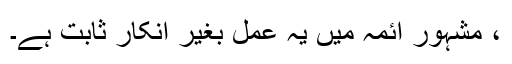
، مشہور ائمہ میں یہ عمل بغیر انکار ثابت ہے۔